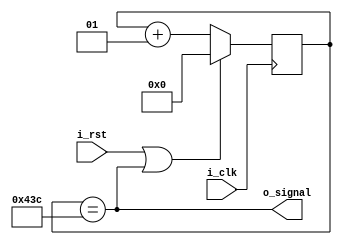
module Uart_Baud_Rate (
    input i_clk,
    input i_rst,
    
    output o_signal
);

parameter Mhz = 125;
parameter Baud_Rate = 115200;
// parameter Clk_Baud = 1085; // 125Mhz / 115200 = 1085
// parameter WIDTH = 11; 

integer cnt;
integer Clk_Baud = Mhz * 1000000 / Baud_Rate;

assign o_signal = (cnt == (Clk_Baud - 1));

always@(posedge i_clk)begin
    if(i_rst | o_signal) 
        cnt <= 0;
    else begin
        cnt <= cnt + 1;
    end    
end

endmodule